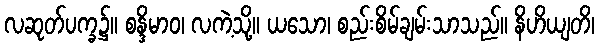
လဆုတ်ပက္ခ၌။ စန္ဒိမာဝ၊ လကဲ့သို့။ ယသော၊ စည်းစိမ်ချမ်းသာသည်။ နိဟိယျတိ၊